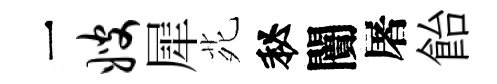
一嫂犀𫟍秘闠屠飴